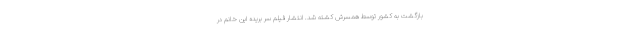
بازگشت به کشور توسط همسرش کشته شد. انتشار فیلم سر بریده این خانم در